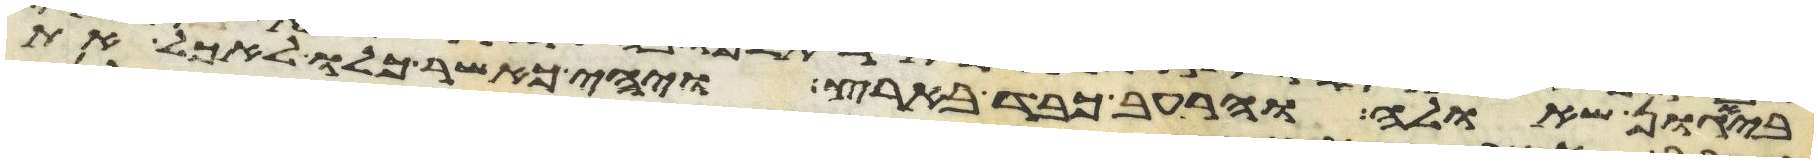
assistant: ביגון שאלה והרעב כבד בארץ ויהי כאשר כלו לאכל את